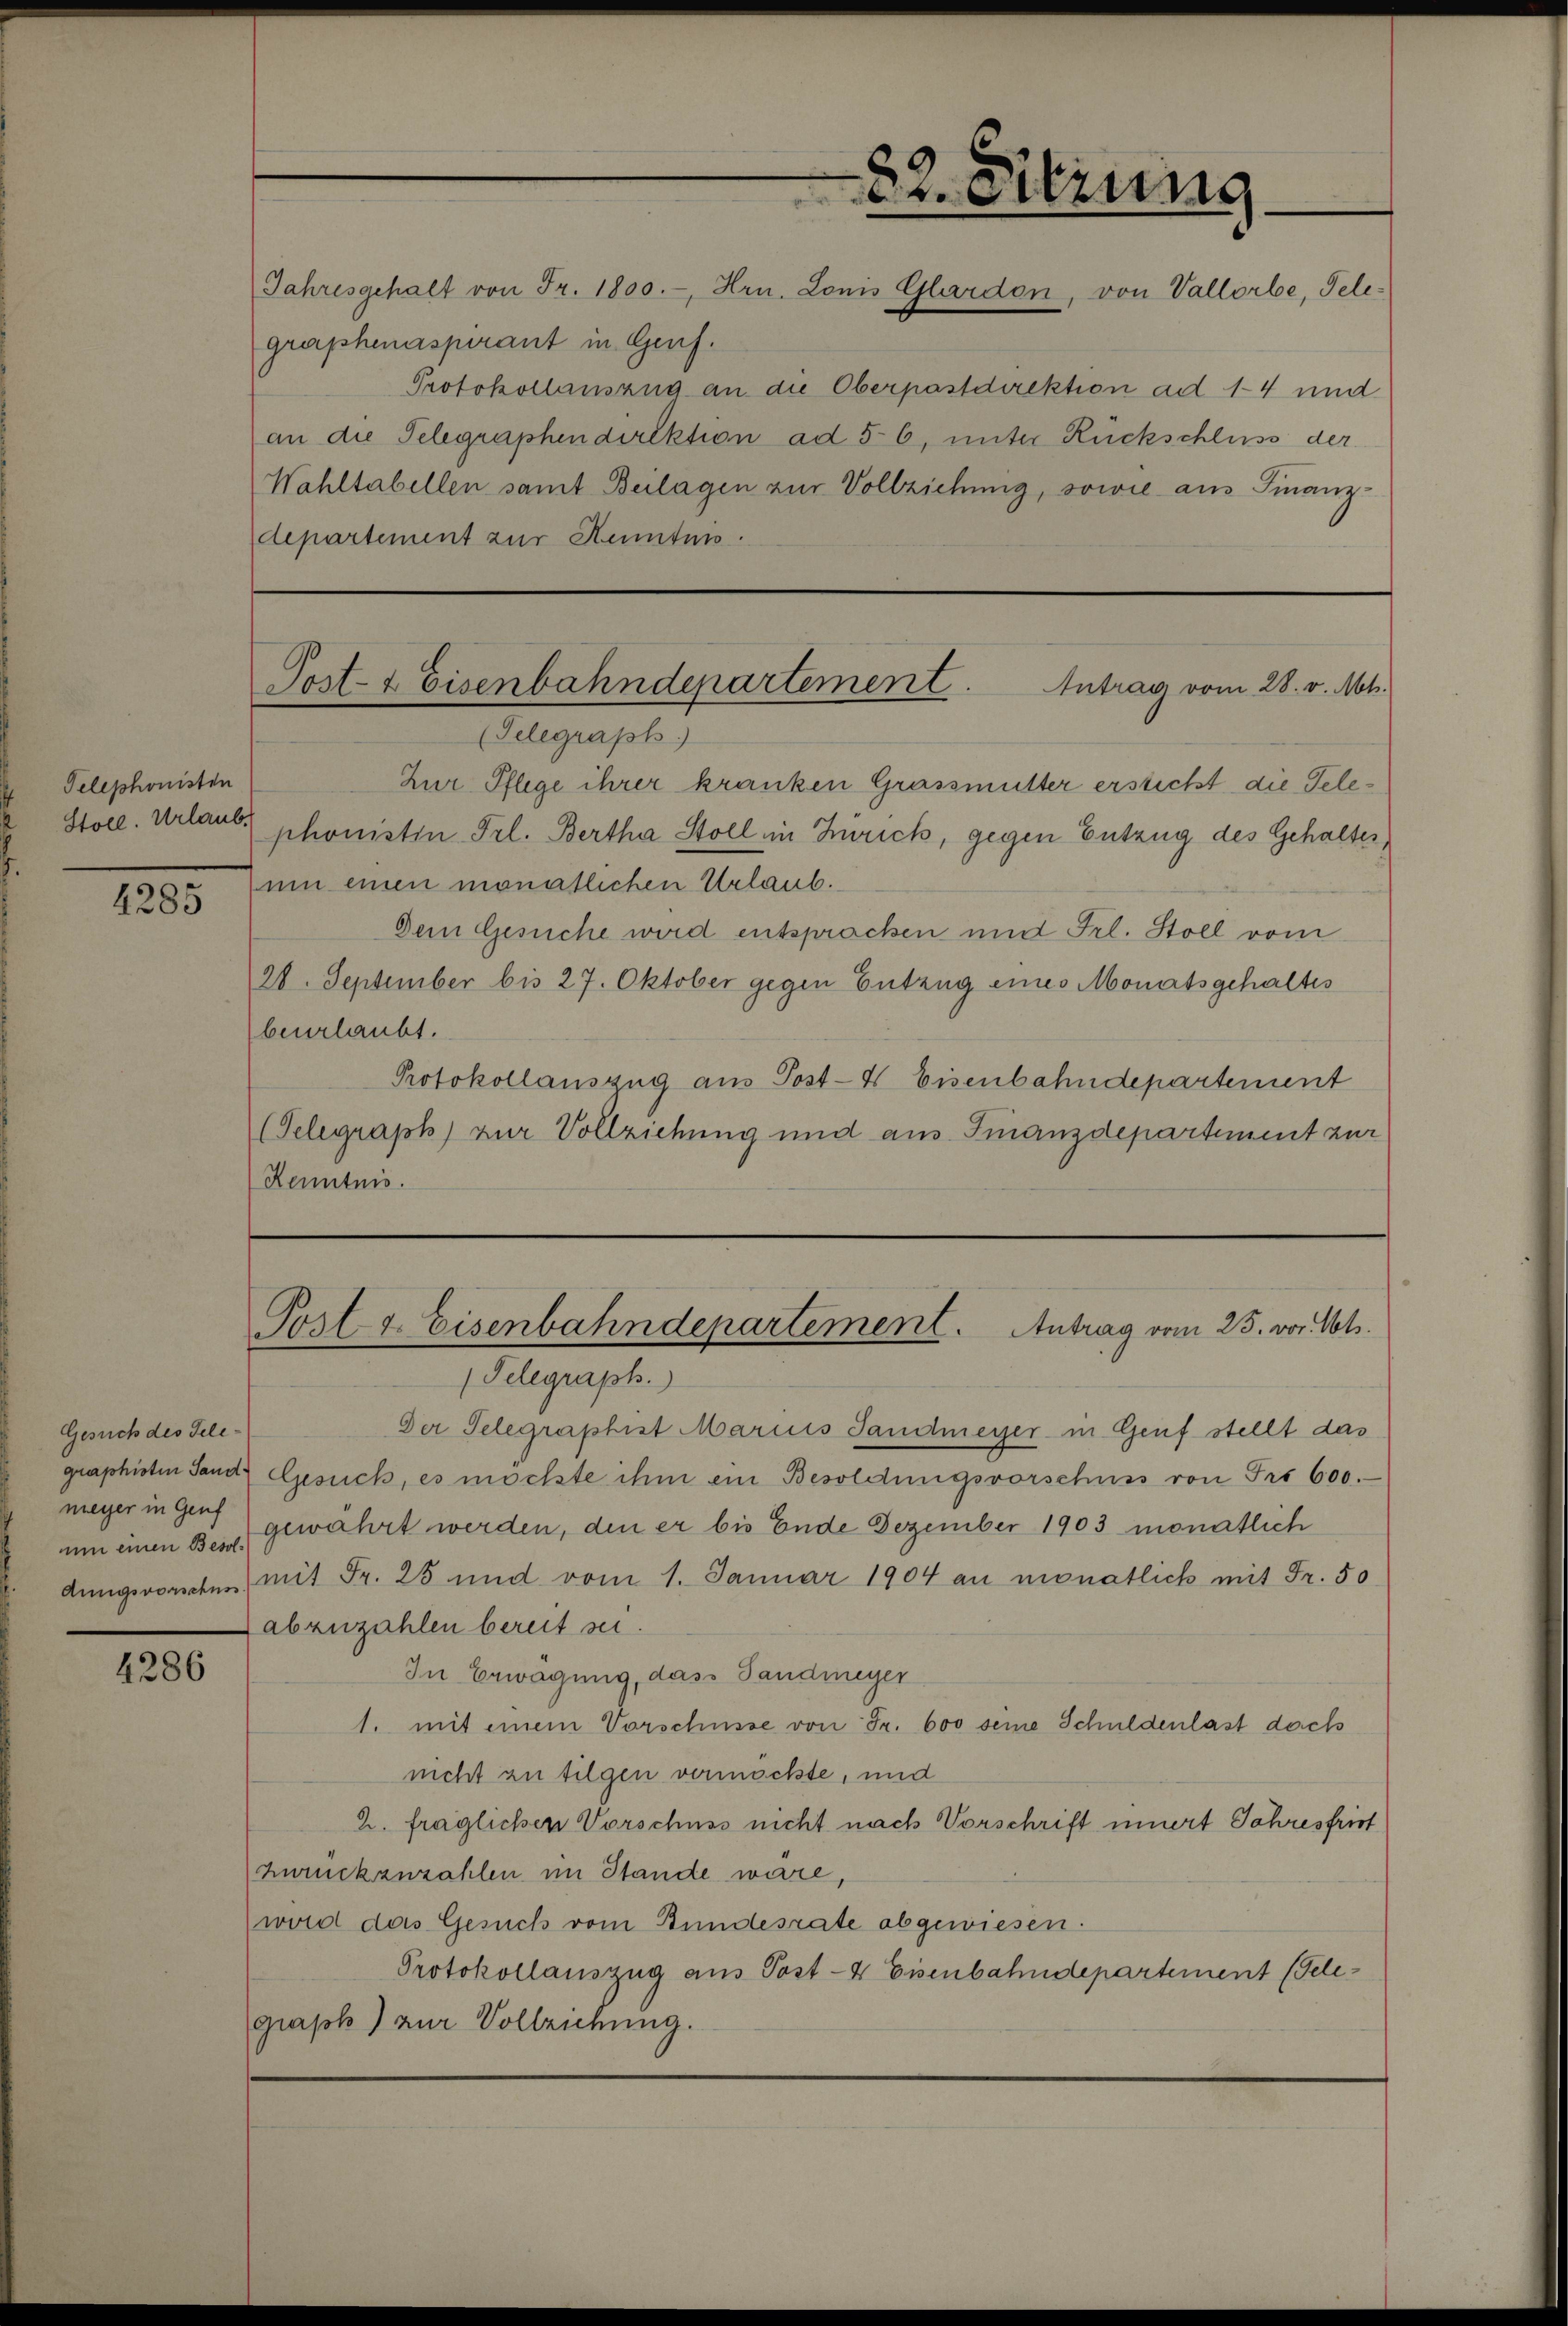
Telephonisten

4285

Gesuch des Teleum einen Besol¬

4286

Jahresgehalt von Fr. 1800.-, Hrn. Lonis Glardon, von Vallorbe, Telegraphenaspirant in Genf.
an die Telegraphen direktion ad 56, unter Rückschluss der
Wahltabellen samt Beilagen zur Vollziehung, sowie aus Finanz¬

Protokollauszug an die Oberpastdirektion ad 14 und
departement zur Heiten.

(Telegraph.)
Zur Pflege ihrer kranken Grassmutter erstickt, die Tele¬
Stoll. Urlaub phonistin Frl. Bertha Stoll in Zürich, gegen Entzug des Gehalter,
um einen monatlichen Urlaub.
Dem Gesuche wird entsprachen und Frl. Stoll vom
28. September bis 27. Oktober gegen Entzug eines Monatsgehaltes
beurlaubt.
Protokollauszug aus Post-4 Eisenbahndepartement
(Telegraph) zur Vollziehung und aus Finanzdepartement zur
Kenntnis.

22. Dierung

Post- & Eisenbahndepartement. Intrag vom 28. v. M.

Post & Eisenbahndepartement. Antrag vom 25. vor Not.

Telegraph.)
Der Telegraphist Marius Sandmeyer in Genf stellt das
graphisten Sand Gesuch, es möchte ihm ein Besoldungsvorschuss von Fr. 600.
meyer in Genf gewährt werden, den er bis Ende Dezember 1903 monatlich
dungsvorschen mit Fr. 25 und vom 1. Januar 1904 au monatlich mit Fr. 50
abzuzahlen bereit sei.
In Erwägung, dass Sandmeyer
1. mit einem Vorschusse von Fr. 600 seine Schuldenlast doch
nicht zu tilgen vermöchte, und
2. fraglichen Vorschuss nicht nach Vorschrift innert Jahresfrist
Zurückzuzahlen im Stande wäre,
ward das Gesuch vom Bundesrate abgewiesen.
Protokollauszug aus Post- & Eisenbahndepartement (Telegraph) zur Vollziehung.